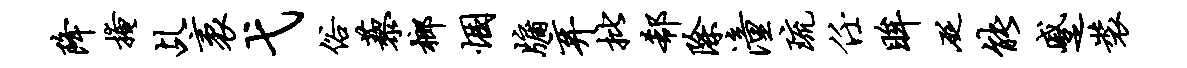
降掩乩袤弋俗藜榔悃牖弃批欷除潼琉任眸砭能蹙装